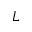
L